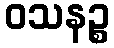
ဝသနဉ္စ